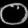
Digit: ၀